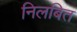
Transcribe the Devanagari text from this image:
निलबित